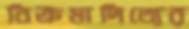
বিক্রমাদিত্যের